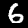
Digit: 6